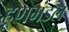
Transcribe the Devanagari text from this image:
हूणमंडल